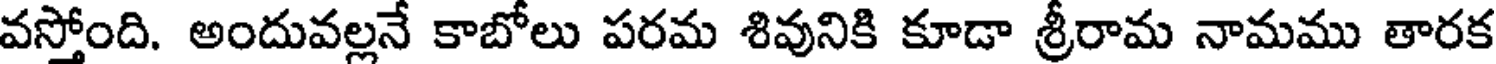
వస్తోంది. అందువల్లనే కాబోలు పరమ శివునికి కూడా శ్రీరామ నామము తారక